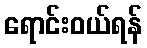
ရောင်းဝယ်ရန်